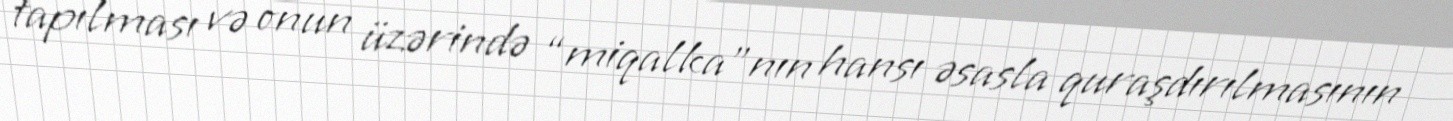
tapılması və onun üzərində “miqalka”nın hansı əsasla quraşdırılmasının